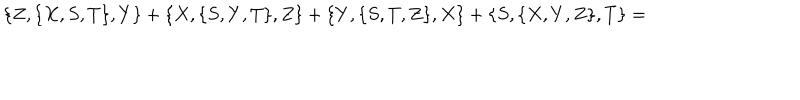
\{ Z , \{ X , S , T \} , Y \} + \{ X , \{ S , Y , T \} , Z \} + \{ Y , \{ S , T , Z \} , X \} + \{ S , \{ X , Y , Z \} , T \} =